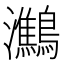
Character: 𪇶